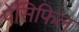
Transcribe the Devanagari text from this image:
पेसिफिल